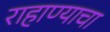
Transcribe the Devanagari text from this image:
राहाण्याचा